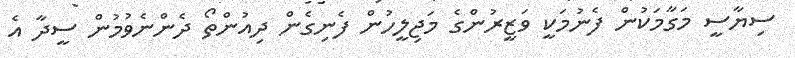
ސިޔާސީ މަގާމަކުން ފެނުމަކީ ވަޒީރުންގެ މަޖިލީހުން ފެނިގެން ދިއުންތޯ ދެންނެވުމުން ސީދާ އެ